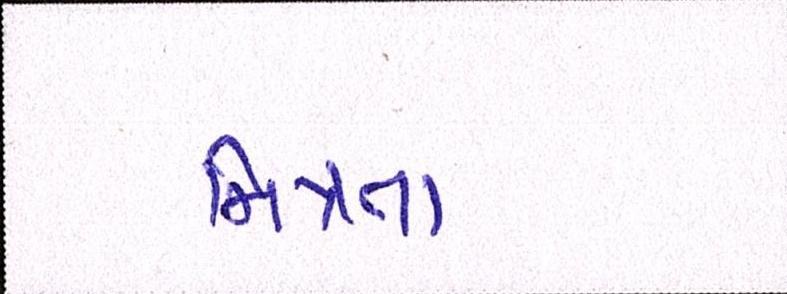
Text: મિત્રતા